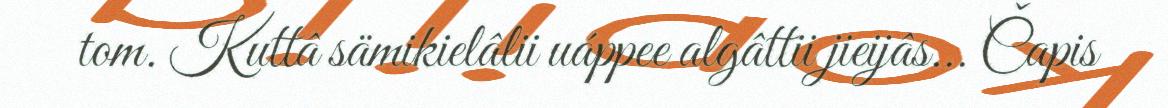
tom. Kuttâ sämikielâlii uáppee algâttii jieijâs... Čapis